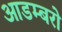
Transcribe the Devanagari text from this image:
आडम्बरो